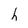
Character: h